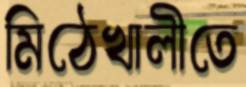
মিঠেখালীতে